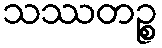
သဿတဉ္စ